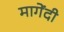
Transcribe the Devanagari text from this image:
मागेंदी